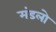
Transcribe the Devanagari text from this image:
मंडलो